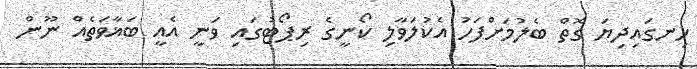
ހިނގައިދިޔަ ގޮތް ބެލުމަށްފަހު އެކުލަވާލި ކޯނީގެ ރިޕޯޓުގައި ވަނީ އެއީ ބަޣާވަތެއް ނޫން